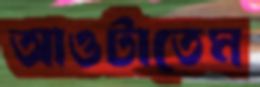
আওটাতেম